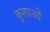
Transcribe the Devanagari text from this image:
कुशाओं